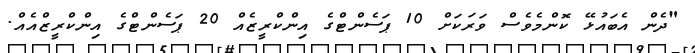
"ދެން އެބައުޅޭ ކޮންމެވެސް ވަރަކަށް 10 ޕަސެންޓްގެ އިންކްރީޒެއް 20 ޕަސެންޓްގެ އިންކްރީޒްއެއް.